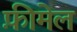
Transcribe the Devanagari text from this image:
फ़ीमेल